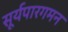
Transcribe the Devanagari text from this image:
सूर्यपारगमन